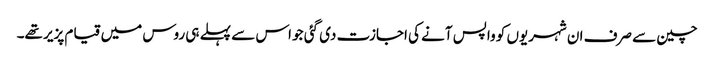
چین سے صرف ان شہریوں کو واپس آنے کی اجازت دی گئی جو اس سے پہلے ہی روس میں قیام پزیر تھے۔